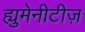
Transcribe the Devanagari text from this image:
ह्युमेनीटीज़